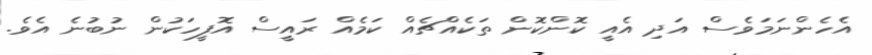
އެހެންނަމަވެސް އަދި އެއީ ކޮންކޮން ތަކެއްޗެއް ކަމެއް ރައީސް އޮފީހަކުން ނުބުނެ އެވެ.